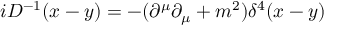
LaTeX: i D ^ { - 1 } ( x - y ) = - { ( \partial ^ { \mu } \partial _ { \mu } + m ^ { 2 } ) } { \delta ^ { 4 } ( x - y ) }